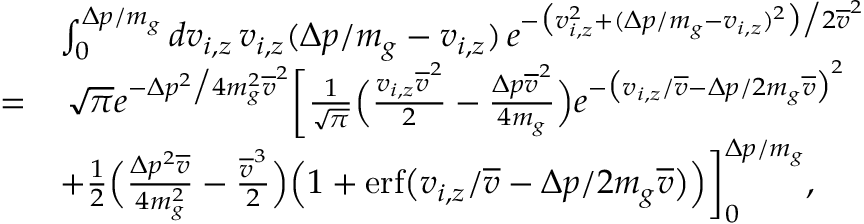
\begin{array} { r l } & { \int _ { 0 } ^ { \Delta p / m _ { g } } d v _ { i , z } \, v _ { i , z } ( \Delta p / m _ { g } - v _ { i , z } ) \, e ^ { - \big ( v _ { i , z } ^ { 2 } + ( \Delta p / m _ { g } - v _ { i , z } ) ^ { 2 } \big ) \big / 2 \overline { { v } } ^ { 2 } } } \\ { = } & { \, \sqrt { \pi } e ^ { - \Delta p ^ { 2 } \big / 4 m _ { g } ^ { 2 } \overline { { v } } ^ { 2 } } \bigg [ \frac { 1 } { \sqrt { \pi } } \Big ( \frac { v _ { i , z } \overline { { v } } ^ { 2 } } { 2 } - \frac { \Delta p \overline { { v } } ^ { 2 } } { 4 m _ { g } } \Big ) e ^ { - \big ( v _ { i , z } / \overline { { v } } - \Delta p / 2 m _ { g } \overline { { v } } \big ) ^ { 2 } } } \\ & { + \frac { 1 } { 2 } \Big ( \frac { \Delta p ^ { 2 } \overline { { v } } } { 4 m _ { g } ^ { 2 } } - \frac { \overline { { v } } ^ { 3 } } { 2 } \Big ) \Big ( 1 + \mathrm { e r f } \big ( v _ { i , z } / \overline { { v } } - \Delta p / 2 m _ { g } \overline { { v } } \big ) \Big ) \bigg ] _ { 0 } ^ { \Delta p / m _ { g } } , } \end{array}